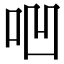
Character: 𠱃